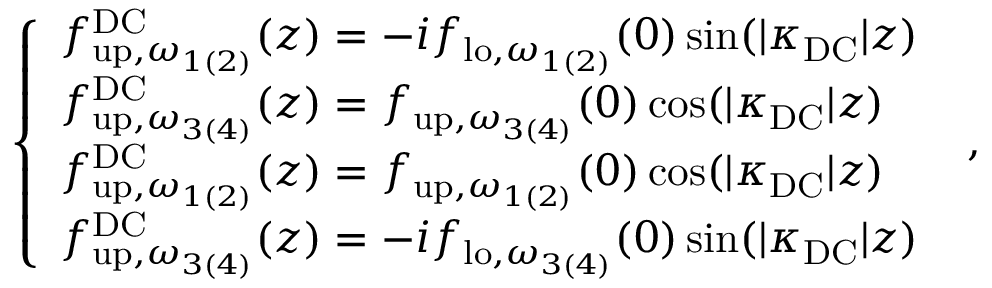
\begin{array} { r } { \left\{ \begin{array} { l l } { { f } _ { \mathrm { u p } , \omega _ { 1 ( 2 ) } } ^ { \mathrm { D C } } ( z ) = - i { f } _ { \mathrm { l o } , \omega _ { 1 ( 2 ) } } ( 0 ) \sin ( | \kappa _ { \mathrm { D C } } | z ) } \\ { { f } _ { \mathrm { u p } , \omega _ { 3 ( 4 ) } } ^ { \mathrm { D C } } ( z ) = { f } _ { \mathrm { u p } , \omega _ { 3 ( 4 ) } } ( 0 ) \cos ( | \kappa _ { \mathrm { D C } } | z ) } \\ { { f } _ { \mathrm { u p } , \omega _ { 1 ( 2 ) } } ^ { \mathrm { D C } } ( z ) = { f } _ { \mathrm { u p } , \omega _ { 1 ( 2 ) } } ( 0 ) \cos ( | \kappa _ { \mathrm { D C } } | z ) } \\ { { f } _ { \mathrm { u p } , \omega _ { 3 ( 4 ) } } ^ { \mathrm { D C } } ( z ) = - i { f } _ { \mathrm { l o } , \omega _ { 3 ( 4 ) } } ( 0 ) \sin ( | \kappa _ { \mathrm { D C } } | z ) } \end{array} \right. \ , } \end{array}